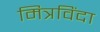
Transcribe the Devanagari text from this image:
मित्रविंदा